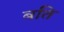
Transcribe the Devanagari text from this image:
बति